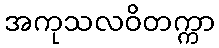
အကုသလဝိတက္ကာ